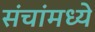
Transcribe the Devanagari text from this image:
संचांमध्ये